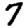
Digit: 7